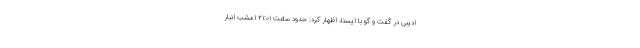
ادیبی در گفت و گو با ایسنا، اظهار کرد: حدود ساعت ۲۱:۰۱ امشب انبار